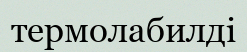
термолабилді